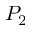
P _ { 2 }